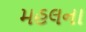
મહલના